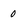
Character: 0